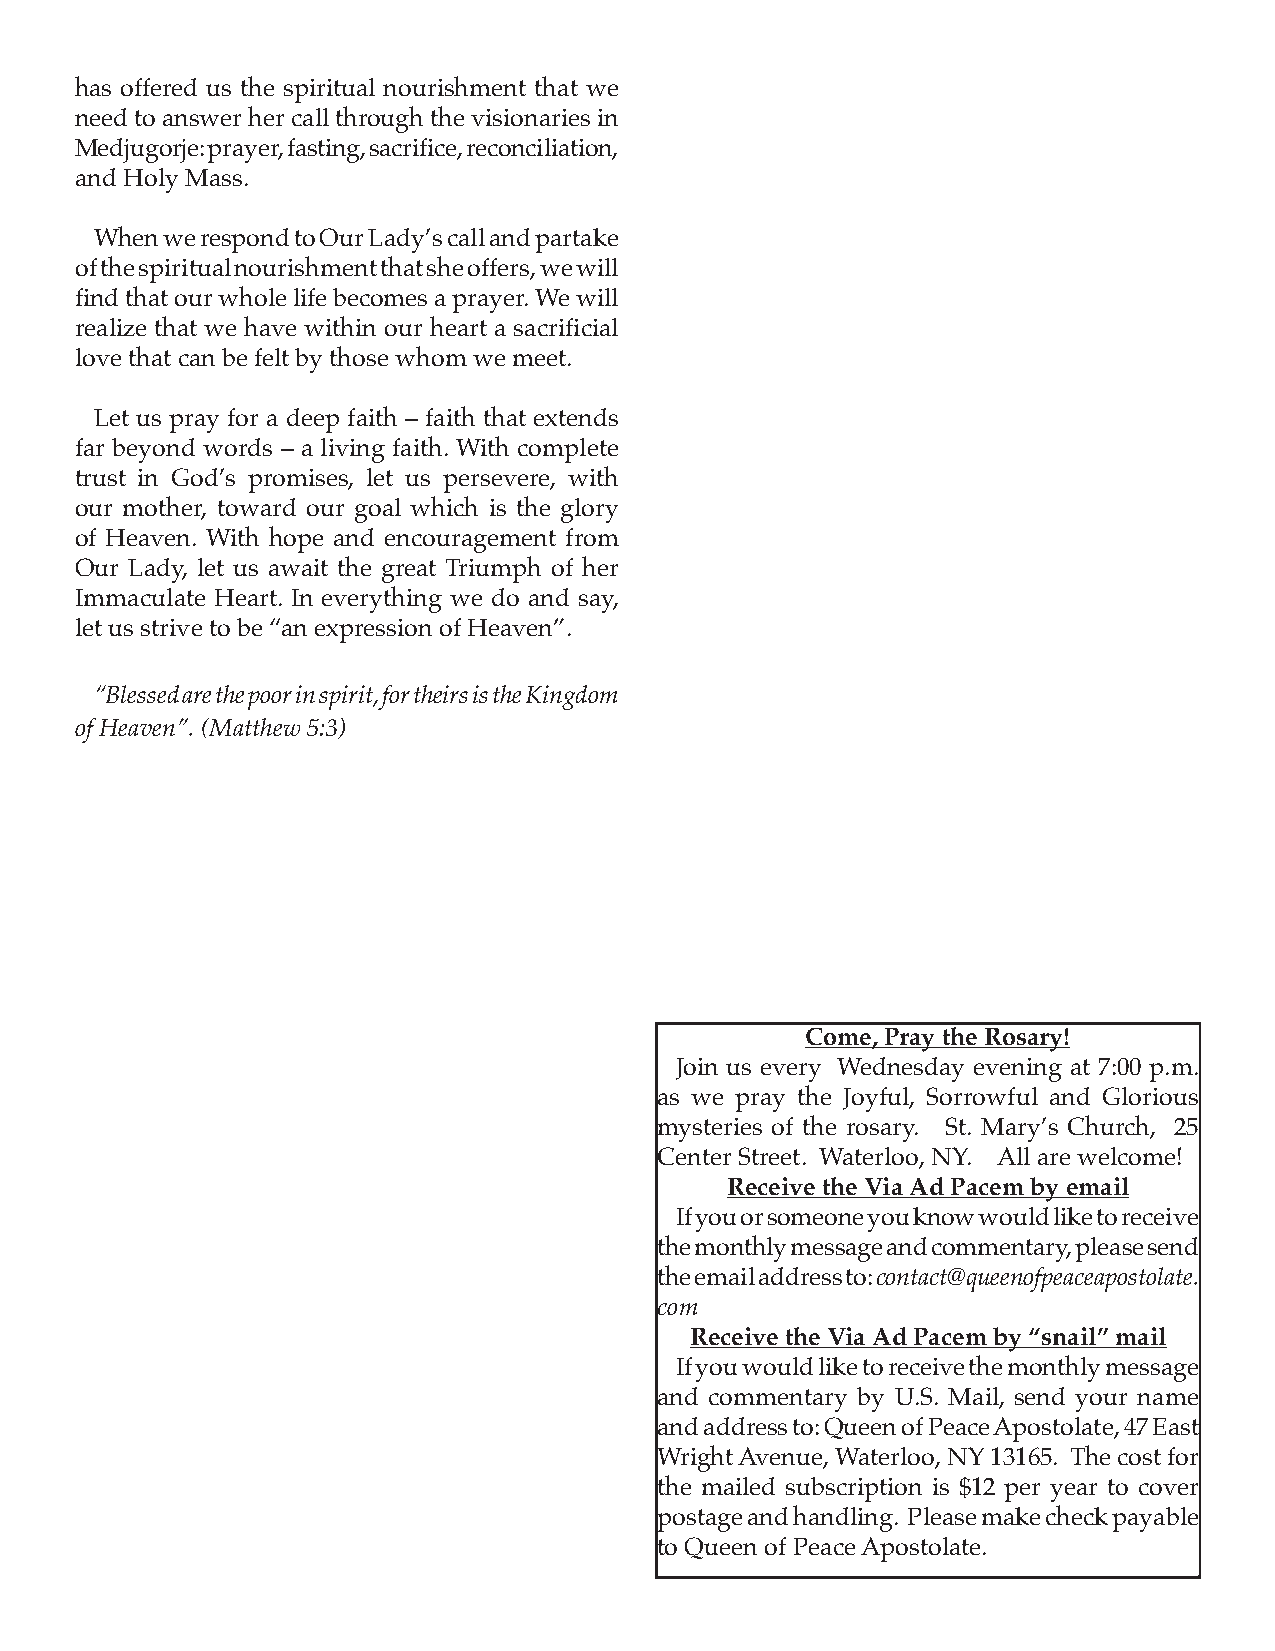
has offered us the spiritual nourishment that we
 need to answer her call through the visionaries in
 Medjugorje: prayer, fasting, sacrifice, reconciliation,
 and Holy Mass.
 When we respond to Our Lady’s call and partake
 of the spiritual nourishment that she offers, we will
 find that our whole life becomes a prayer. We will
 realize that we have within our heart a sacrificial
 love that can be felt by those whom we meet.
 Let us pray for a deep faith – faith that extends
 far beyond words – a living faith. With complete
 trust in God’s promises, let us persevere, with
 our mother, toward our goal which is the glory
 of Heaven. With hope and encouragement from
 Our Lady, let us await the great Triumph of her
 Immaculate Heart. In everything we do and say,
 let us strive to be “an expression of Heaven”.
 “Blessed are the poor in spirit, for theirs is the Kingdom
 of Heaven”. (Matthew 5:3)
 Come, Pray the Rosary!
 Join us every Wednesday evening at 7:00 p.m.
 as we pray the Joyful, Sorrowful and Glorious
 mysteries of the rosary. St. Mary’s Church, 25
 Center Street. Waterloo, NY. All are welcome!
 Receive the Via Ad Pacem by email
 If you or someone you know would like to receive
 the monthly message and commentary, please send
 the email address to: contact@queenofpeaceapostolate.
 com
 Receive the Via Ad Pacem by “snail” mail
 If you would like to receive the monthly message
 and commentary by U.S. Mail, send your name
 and address to: Queen of Peace Apostolate, 47 East
 Wright Avenue, Waterloo, NY 13165. The cost for
 the mailed subscription is $12 per year to cover
 postage and handling. Please make check payable
 to Queen of Peace Apostolate.